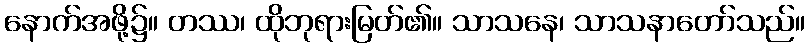
နောက်အဖို့၌။ တဿ၊ ထိုဘုရားမြတ်၏။ သာသနေ၊ သာသနာတော်သည်။